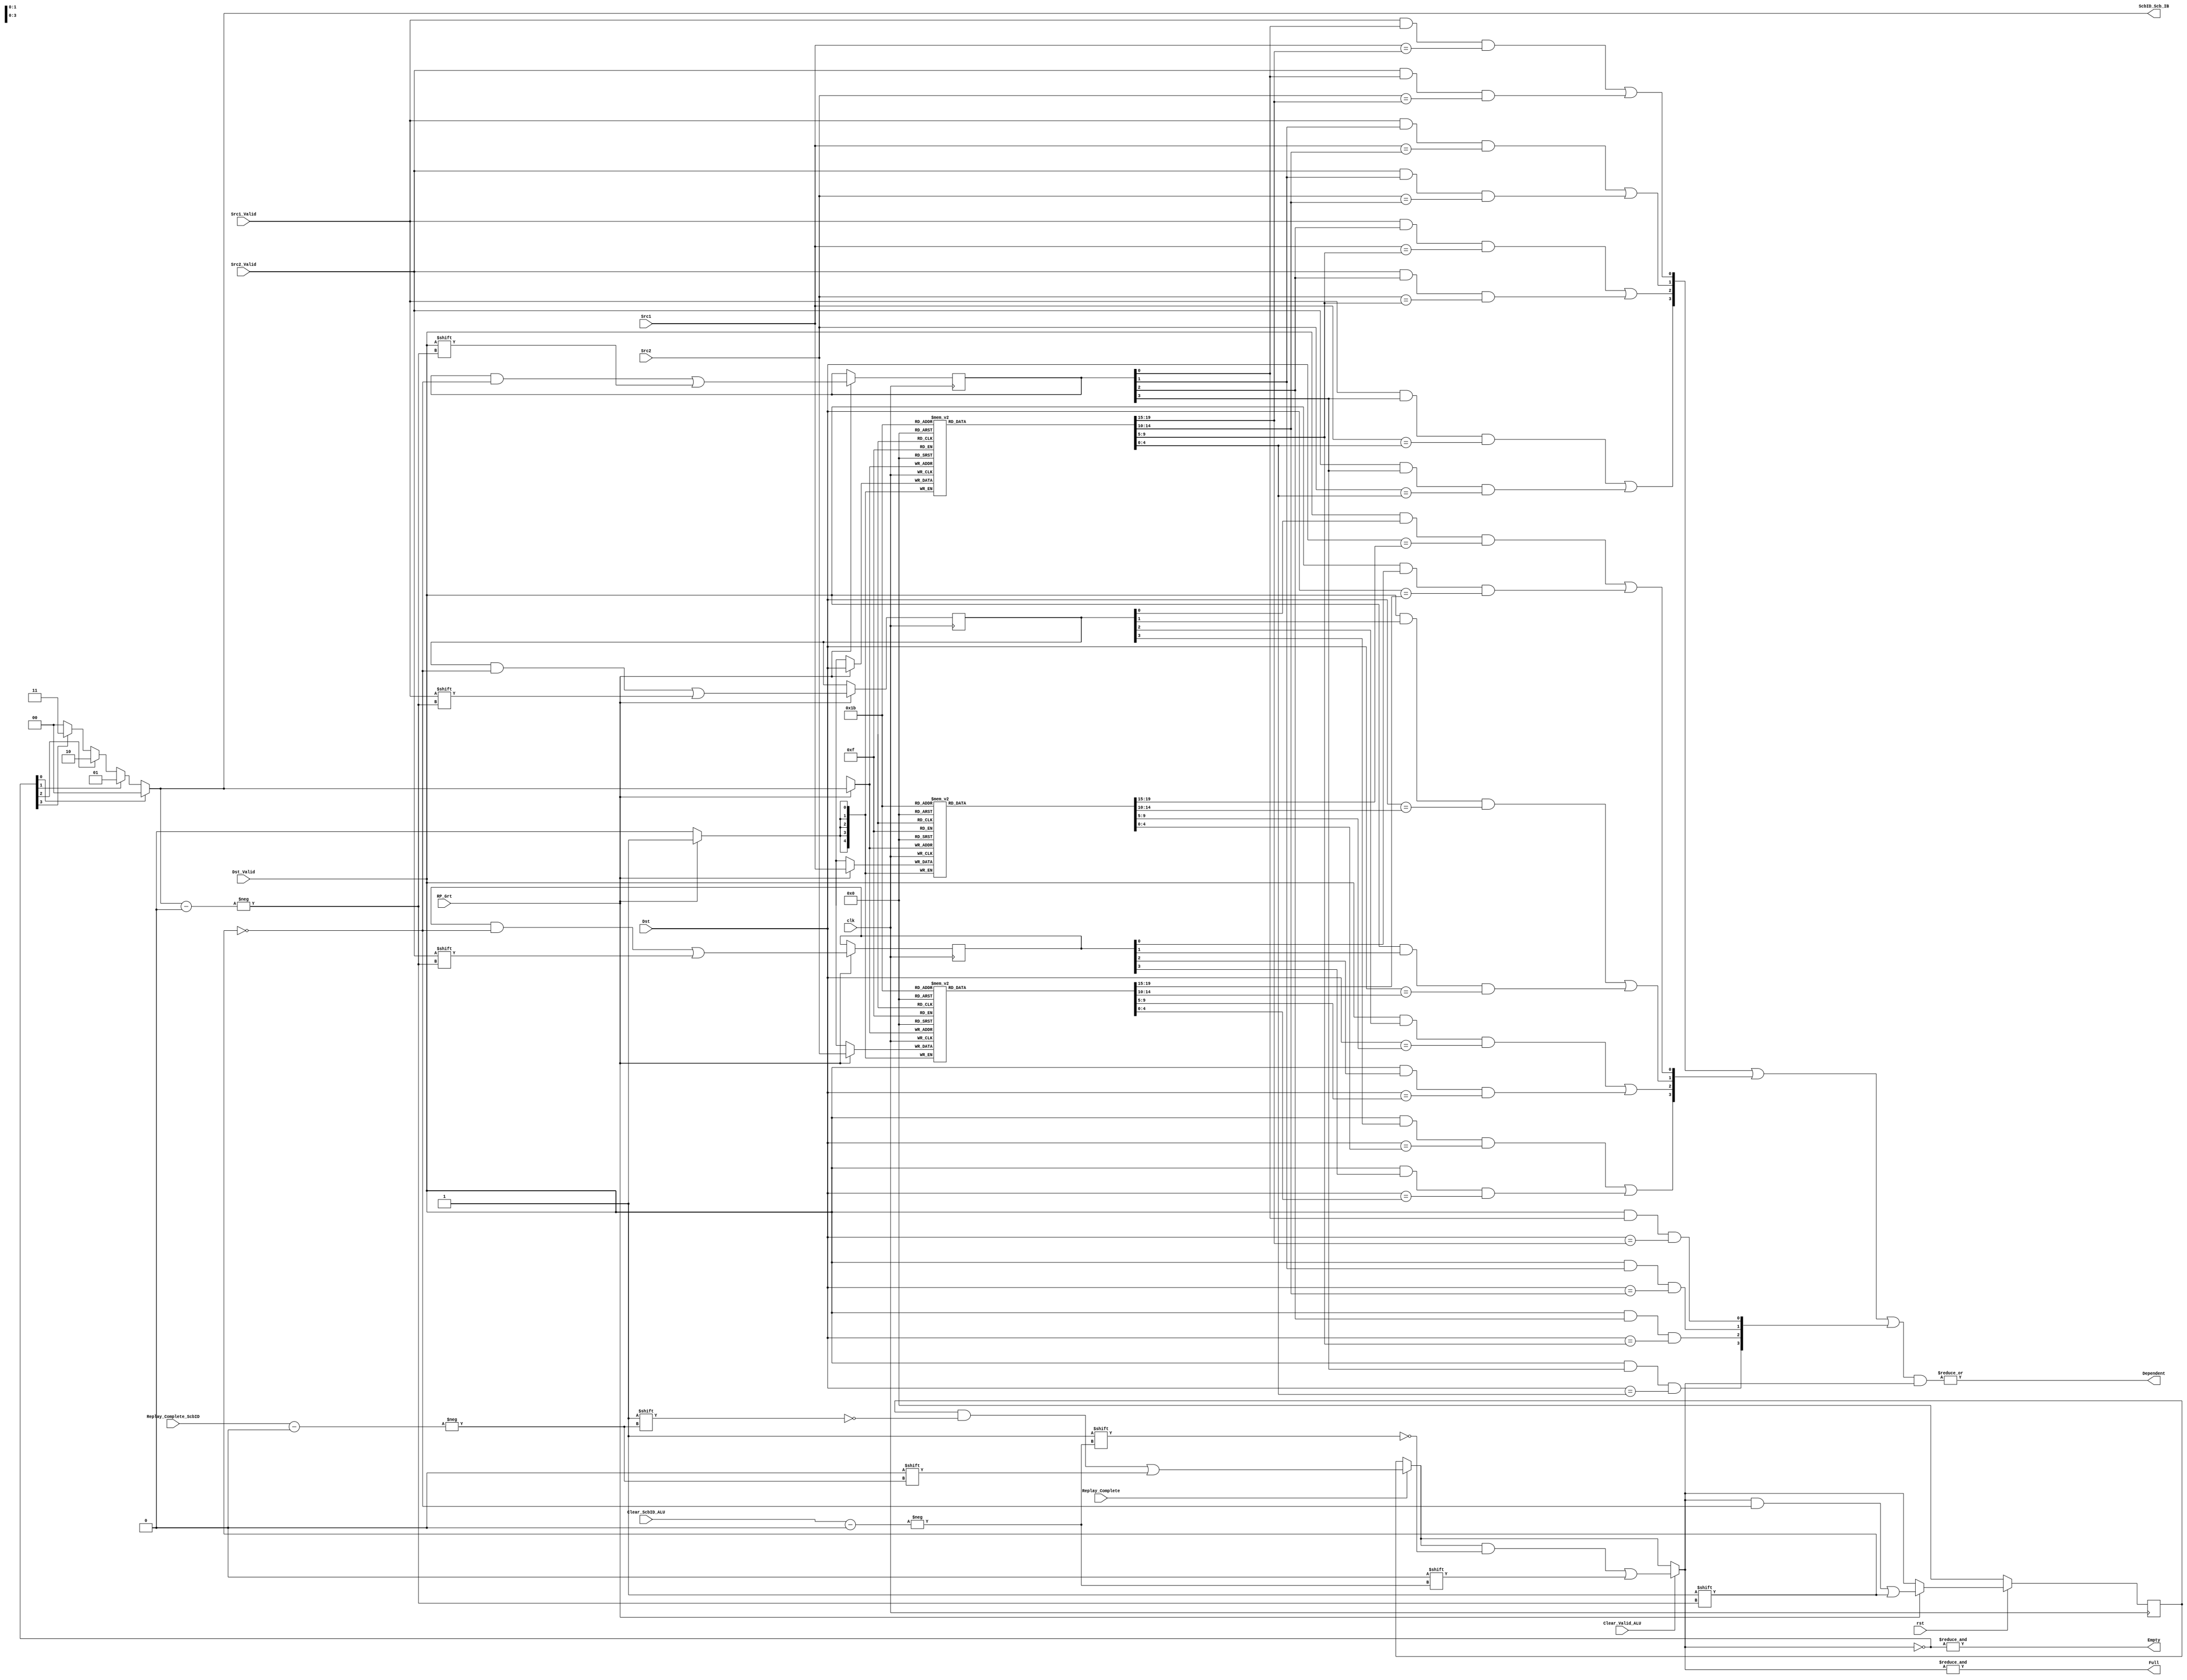
`timescale 1ns / 100ps
//////////////////////////////////////////////////////////////////////////////////
// Company: 
// Engineer: 
// 
// Design Name: 
// Module Name: scoreboard_warp
// Project Name: 
// Target Devices: 
// Tool Versions: 
// Description: 
// 
// Dependencies: 
// 
// Revision:
// Revision 0.01 - File Created
// Additional Comments:
// 
//////////////////////////////////////////////////////////////////////////////////


module scoreboard_warp(
    input clk,
    input rst,
    // signal from IBuffer when issuing
    input [4:0] Src1, // RegID is 5-bit (R8: thrID, R16: warpID)
    input [4:0] Src2,
    input [4:0] Dst,
    input Src1_Valid,
    input Src2_Valid,
    input Dst_Valid,
    input RP_Grt, // only create Scb entry for RP_Grt (avoid duplicate entry for Replay instructions)
    //signal for clearing
    input [1:0] Replay_Complete_ScbID, // mark the Scb entry as Complete
    input Replay_Complete,
    // signal from other modules
    input [1:0] Clear_ScbID_ALU, // clear signal from ALU
    input Clear_Valid_ALU,
    output Full,
    output Empty, // for exit
    output Dependent,
    output [1:0] ScbID_Scb_IB // ScbID passed to IBuffer (for future clearing)
    );
    reg [4:0] Src1_array [3:0];
    reg [4:0] Src2_array [3:0];
    reg [4:0] Dst_array [3:0];
    reg [3:0] Src1_Valid_array;
    reg [3:0] Src2_Valid_array;
    reg [3:0] Dst_Valid_array;
    reg [3:0] Valid_array;

    // Valid array after Scb entries cleared by Mem/ALU
    reg [3:0] Valid_array_cleared;
    always@(*) begin
        Valid_array_cleared = Valid_array;
        if (Replay_Complete) // from IBuffer for LW/SW
            Valid_array_cleared[Replay_Complete_ScbID] = 0;
        if (Clear_Valid_ALU) // from ALU
            Valid_array_cleared[Clear_ScbID_ALU] = 0;
    end
    assign Full = &Valid_array_cleared;

    // find Empty slot for a new instruction
    wire [3:0] Empty_array = ~Valid_array_cleared;
    assign Empty = &Empty_array;
    reg [1:0] next_Empty;
    integer i;
    always@(*) begin
        next_Empty = 0;
        for (i=3; i>=0; i=i-1) begin: Empty_loop
            if(Empty_array[i])
                next_Empty = i;
        end
    end
    assign ScbID_Scb_IB = next_Empty;

    // store a new instruction if granted by Issue unit
    always@(posedge clk) begin
        if (!rst) begin
            Valid_array <= 0;
        end else begin
            Valid_array <= Valid_array_cleared;
            if (RP_Grt)
                Valid_array[next_Empty] <= 1'b1;      
        end
    end

    always@(posedge clk) begin
        if (RP_Grt) begin
            Src1_array[next_Empty] <= Src1;
            Src2_array[next_Empty] <= Src2;
            Dst_array[next_Empty] <= Dst;
            Src1_Valid_array[next_Empty] <= Src1_Valid;
            Src2_Valid_array[next_Empty] <= Src2_Valid;
            Dst_Valid_array[next_Empty] <= Dst_Valid;
        end
    end

    // check all possible data hazards
    reg [3: 0] Dependent_array;
    reg [3:0] RAW, WAW, WAR;
    always@(*) begin
        // for each of the pending instructions, check RAW, WAW, WAR
        for (i = 0; i < 4; i = i+1) begin: Dependent_loop
            // RAW:
            RAW[i] = (Src1_Valid && Dst_Valid_array[i] && (Src1 == Dst_array[i])) | 
                (Src2_Valid && Dst_Valid_array[i] && (Src2 == Dst_array[i]));
            // WAW:
            WAW[i] = (Dst_Valid && Dst_Valid_array[i] && (Dst == Dst_array[i]));
            // WAR:
            WAR[i] = (Dst_Valid && Src1_Valid_array[i] && (Dst == Src1_array[i])) |
                (Dst_Valid && Src2_Valid_array[i] && (Dst == Src2_array[i])); 
        end
        Dependent_array = (RAW | WAR | WAW) & Valid_array_cleared; // Note here use Valid_cleared to save one clock
    end
    // overall Dependent bit:
    assign Dependent = |Dependent_array;

endmodule